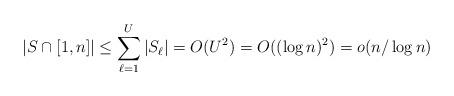
LaTeX: \begin{align*}\vert S\cap [1,n]\vert\leq \sum_{\ell=1}^U\vert S_{\ell}\vert=O(U^2)=O((\log n)^2)=o(n/\log n)\end{align*}